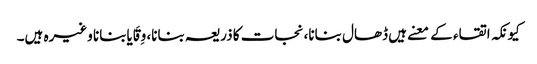
کیونکہ اتقاء کے معنے ہیں ڈھال بنانا، نجات کا ذریعہ بنانا، وِقَایابنانا وغیرہ ہیں۔